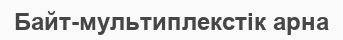
Байт-мультиплекстік арна